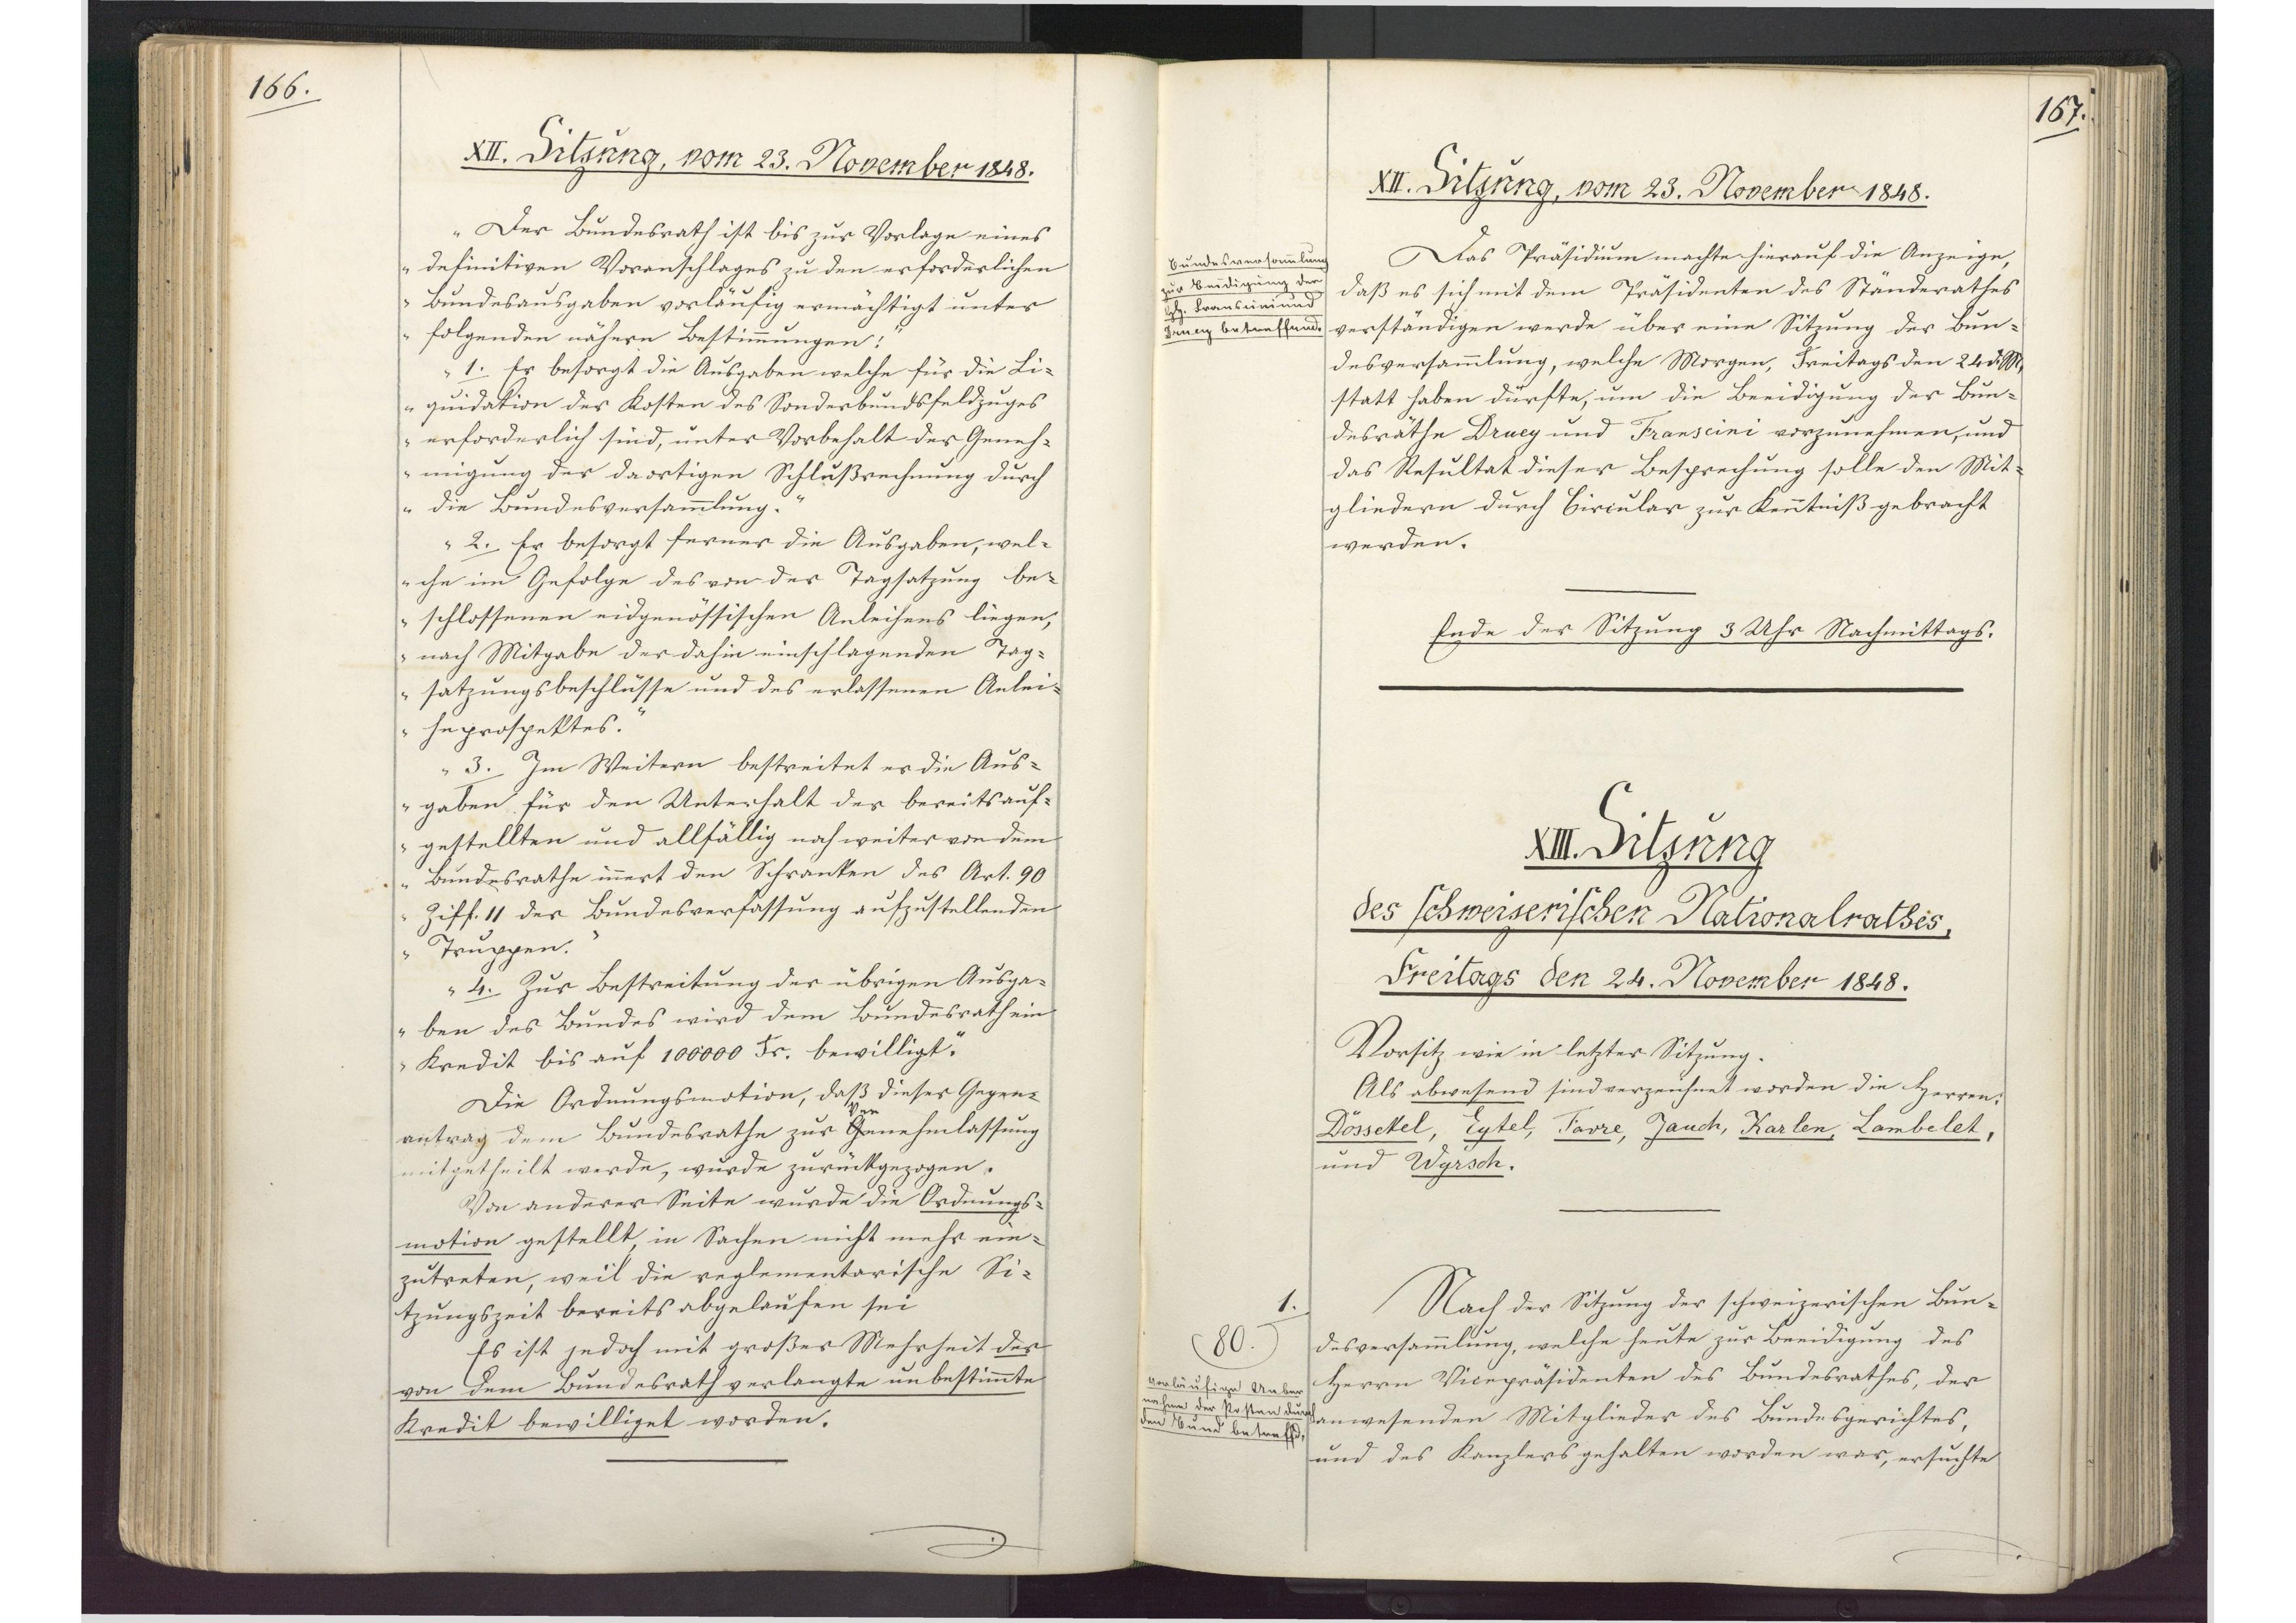
167.

XIII. Sitzung
des schweizerischen Nationalrathes,
Freitags den 24. November 1848.

Vorsitz wie in letzter Sitzung.
Als abwesend sind verzeichnet worden die Herren
Dössekel, Eytel, Favre, Jauch, Karlen, Lambelet,
und Wyrsch.
Nach der Sitzung der schweizerischen Bun¬
desversammlung, welche heute zur Beeidigung des
Herrn Vicepräsidenten des Bundesrathes, der
anwesenden Mitglieder des Bundesgerichtes,
und des Kanzlers gehalten worden war, ersuchte

1.
80
Vorläufige Ueber¬
nahme der Posten durch
den Bund betreffend.